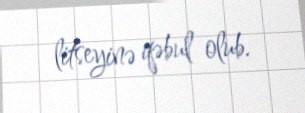
litseyinə qəbul olub.